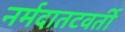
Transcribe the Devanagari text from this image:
नर्मदातटवर्ती